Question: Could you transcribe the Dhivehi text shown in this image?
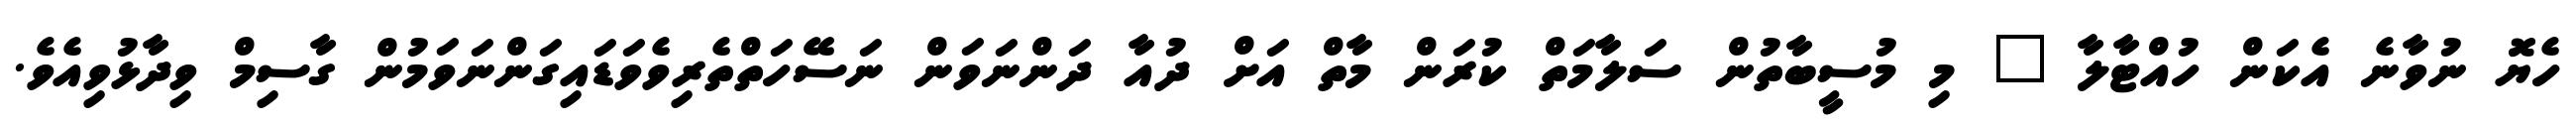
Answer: ހެޔޮ ނުވާނެ އެކަން ހުއްޓާލާ " މި މުސީބާތުން ސަލާމަތް ކުރަން މާތް އަށް ދުއާ ދަންނަވަން ނަސޭހަތްތެރިވެވަޑައިގަންނަވަމުން ގާސިމް ވިދާޅުވިއެވެ.